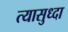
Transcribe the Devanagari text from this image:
त्यासुध्दा